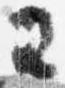
王